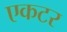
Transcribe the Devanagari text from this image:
एकटर